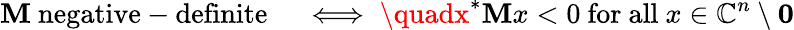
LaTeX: \mathbf{M}{\mathrm{{~negative-definite}}}\quad\iff\quadx^{*}\mathbf{M}x<0{\mathrm{{~for~all~}}}x\in\mathbb{{C}}^{n}\setminus\mathbf{{0}}